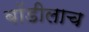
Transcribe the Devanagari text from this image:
बॉडीलाच